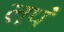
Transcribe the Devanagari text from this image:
तपं